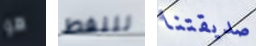
هو للنفط صديقتنا